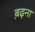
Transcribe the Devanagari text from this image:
ब़ढ़ना